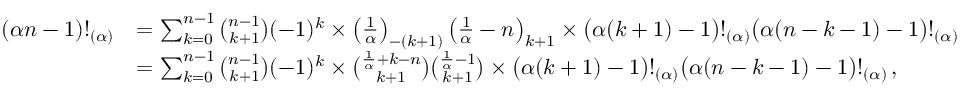
{ \begin{array} { r l } { ( \alpha n - 1 ) ! _ { ( \alpha ) } } & { = \sum _ { k = 0 } ^ { n - 1 } { \binom { n - 1 } { k + 1 } } ( - 1 ) ^ { k } \times \left( { \frac { 1 } { \alpha } } \right) _ { - ( k + 1 ) } \left( { \frac { 1 } { \alpha } } - n \right) _ { k + 1 } \times { \bigl ( } \alpha ( k + 1 ) - 1 { \bigr ) } ! _ { ( \alpha ) } { \bigl ( } \alpha ( n - k - 1 ) - 1 { \bigr ) } ! _ { ( \alpha ) } } \\ & { = \sum _ { k = 0 } ^ { n - 1 } { \binom { n - 1 } { k + 1 } } ( - 1 ) ^ { k } \times { \binom { { \frac { 1 } { \alpha } } + k - n } { k + 1 } } { \binom { { \frac { 1 } { \alpha } } - 1 } { k + 1 } } \times { \bigl ( } \alpha ( k + 1 ) - 1 { \bigr ) } ! _ { ( \alpha ) } { \bigl ( } \alpha ( n - k - 1 ) - 1 { \bigr ) } ! _ { ( \alpha ) } \, , } \end{array} }